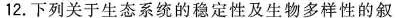
12.下列关于生态系统的稳定性及生物多样性的叙